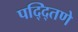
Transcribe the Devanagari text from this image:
पद्द्तिणे